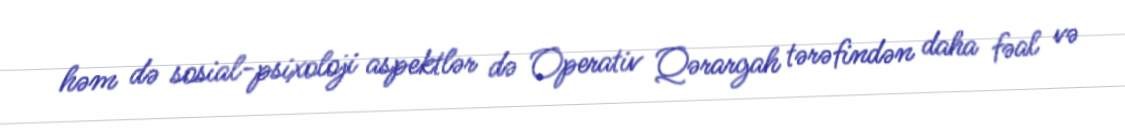
həm də sosial-psixoloji aspektlər də Operativ Qərargah tərəfindən daha fəal və